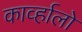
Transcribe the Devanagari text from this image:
काव्‍र्हालो